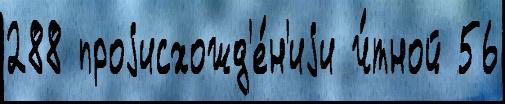
288 проjисхожд'е́н'иjи ч́тной 56